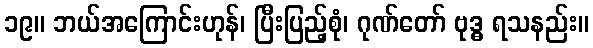
၁၉။ ဘယ်အကြောင်းဟုန်၊ ပြီးပြည့်စုံ၊ ဂုဏ်တော် ဗုဒ္ဓ ရသနည်း။